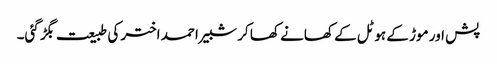
پش اور موڑ کے ہوٹل کے کھانے کھا کر شبیر احمد اختر کی طبیعت بگڑ گئی۔